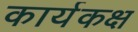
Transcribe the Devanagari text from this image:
कार्यकक्ष